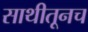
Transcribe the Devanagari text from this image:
साथीतूनच